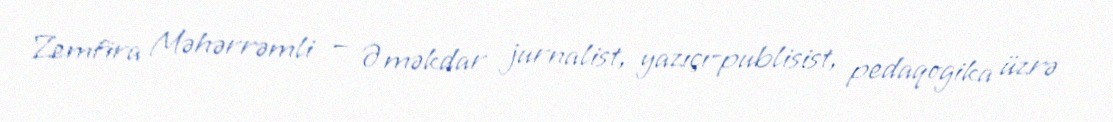
Zemfira Məhərrəmli — Əməkdar jurnalist, yazıçı-publisist, pedaqogika üzrə